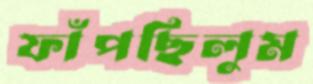
ফাঁপছিলুম